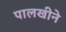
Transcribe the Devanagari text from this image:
पालखीने